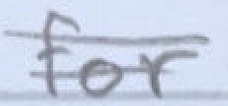
Text: for
Cross-out: double-line
Writing tool: pencil